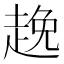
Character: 𮚻